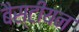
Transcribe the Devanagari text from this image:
बैस्टीयन